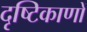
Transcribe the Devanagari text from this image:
दृष्टिकाणों